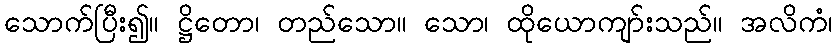
သောက်ပြီး၍။ ဋ္ဌိတော၊ တည်သော။ သော၊ ထိုယောကျာ်းသည်။ အလိကံ၊